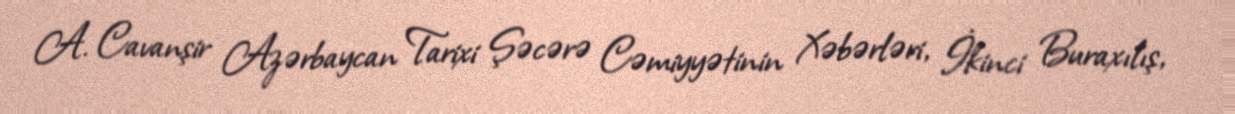
A. Cavanşir Azərbaycan Tarixi Şəcərə Cəmiyyətinin Xəbərləri, İkinci Buraxılış,